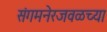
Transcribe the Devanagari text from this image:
संगमनेरजवळच्या